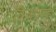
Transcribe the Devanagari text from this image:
विजयगृह